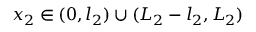
x _ { 2 } \in ( 0 , l _ { 2 } ) \cup ( L _ { 2 } - l _ { 2 } , L _ { 2 } )